Malarial fevers
Disease focus: Malaria
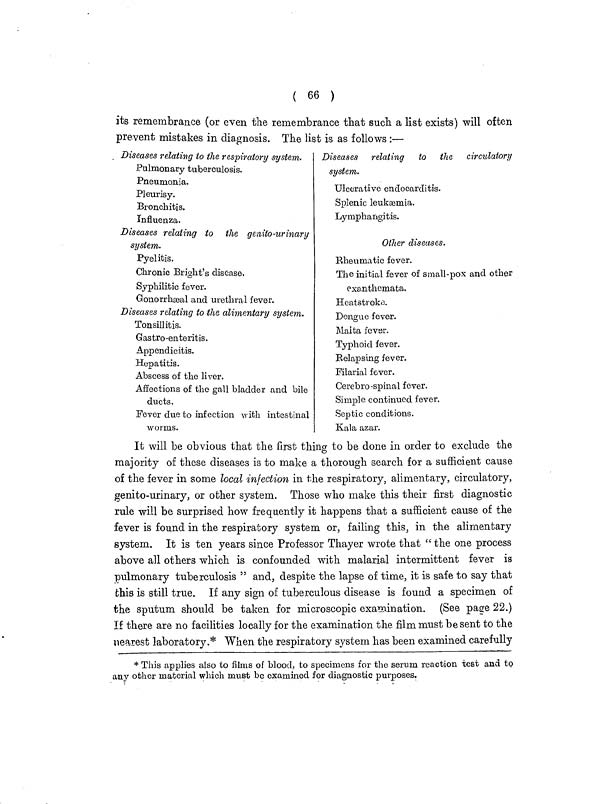
( 66 )
its remembrance (or even the remembrance that such a list exists) will often
prevent mistakes in diagnosis. The list is as follows :—
Diseases relating to the respiratory system.
Pulmonary tuberculosis.
Pneumonia.
Pleurisy.
Bronchitis.
Influenza.
Diseases relating to the genito-urinary
system.
Pyelitis.
Chronic Bright's disease.
Syphilitic fever.
Gonorrhæal and urethral fever.
Diseases relating to the alimentary system.
Tonsillitis.
Gastro-enteritis.
Appendicitis.
Hepatitis.
Abscess of the liver.
Affections of the gall bladder and bile
ducts.
Fever due to infection with intestinal
worms.
Diseases relating to the circulatory
system.
Ulcerative endocarditis.
Splenic leukæmia.
Lymphangitis.
Other diseases.
Rheumatic fever.
The initial fever of small-pox and other
exanthemata.
Heatstroke.
Dengue fever.
Malta fever.
Typhoid fever.
Relapsing fever.
Filarial fever.
Cerebro-spinal fever.
Simple continued fever.
Septic conditions.
Kala azar.
It will be obvious that the first thing to be done in order to exclude the
majority of these diseases is to make a thorough search for a sufficient cause
of the fever in some local infection in the respiratory, alimentary, circulatory,
genito-urinary, or other system. Those who make this their first diagnostic
rule will be surprised how frequently it happens that a sufficient cause of the
fever is found in the respiratory system or, failing this, in the alimentary
system. It is ten years since Professor Thayer wrote that "the one process
above all others which is confounded with malarial intermittent fever is
pulmonary tuberculosis " and, despite the lapse of time, it is safe to say that
this is still true. If any sign of tuberculous disease is found a specimen of
the sputum should be taken for microscopic examination. (See page 22.)
If there are no facilities locally for the examination the film must be sent to the
nearest laboratory.* When the respiratory system has been examined carefully
* This applies also to films of blood, to specimens for the serum reaction test and to
any other material which must be examined for diagnostic purposes.